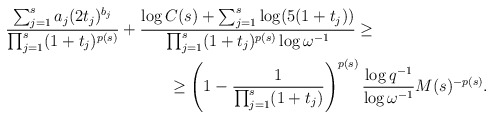
\begin{align*}&\frac{\sum_{j=1}^s a_j (2t_j)^{b_j}}{\prod_{j=1}^s (1+t_j)^{p(s)}}+\frac{\log C(s)+\sum_{j=1}^s \log (5(1+t_j))}{\prod_{j=1}^s (1+t_j)^{p(s)}\log\omega^{-1}} \geq\\&\qquad\qquad\qquad\qquad\qquad\ge \left(1-\frac{1}{\prod_{j=1}^s (1+t_j)}\right)^{p(s)} \frac{\log q^{-1}}{\log \omega^{-1}} M(s)^{-p(s)}.\end{align*}